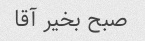
صبح بخیر آقا